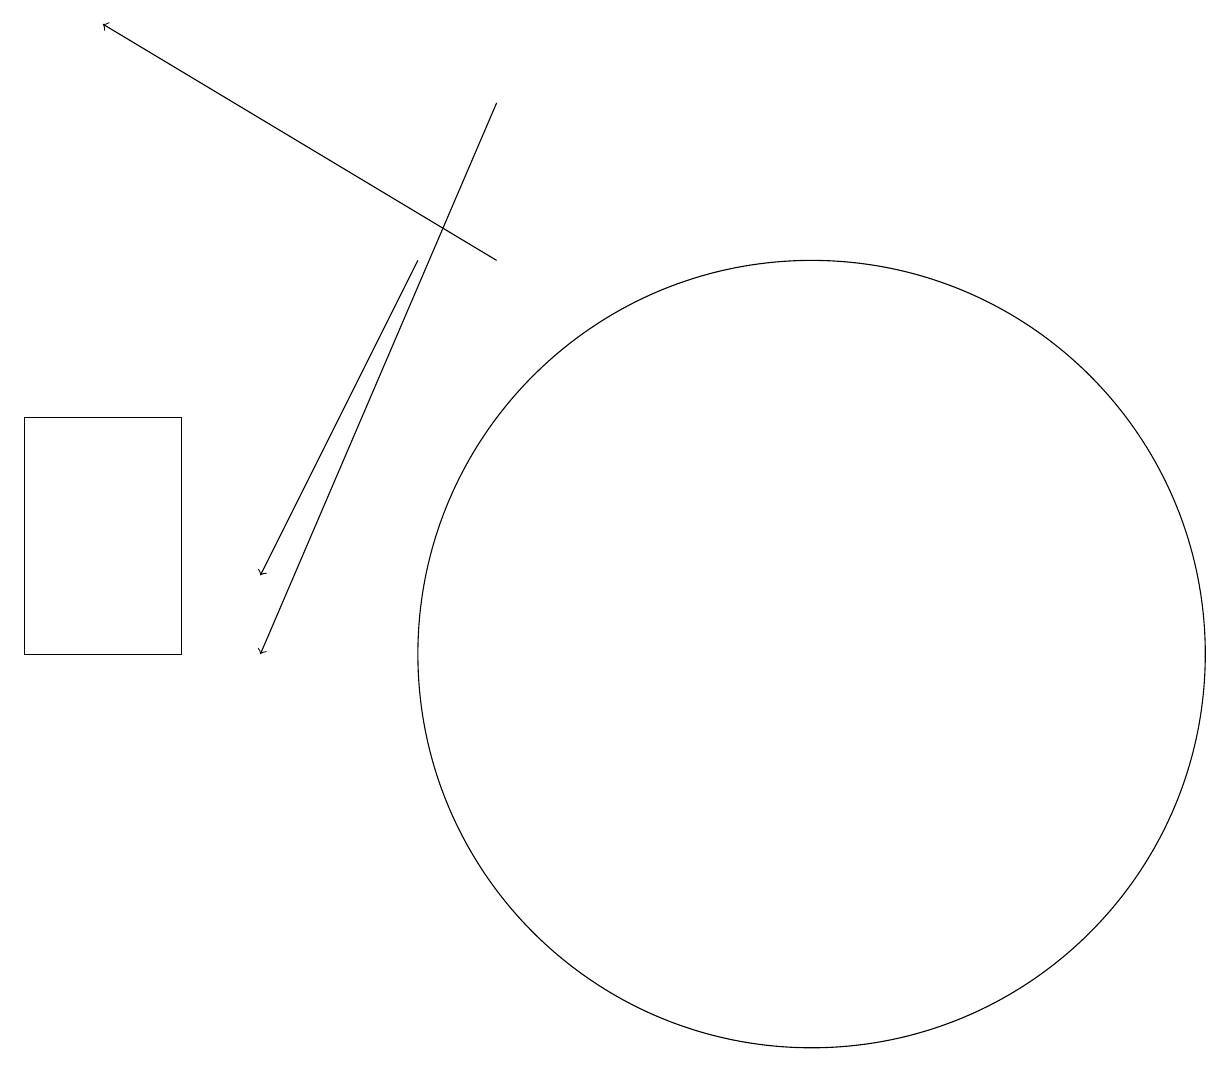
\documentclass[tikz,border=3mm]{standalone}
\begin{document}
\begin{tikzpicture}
\draw[->] (6,18) -- (3,11);
\draw[->] (5,16) -- (3,12);
\draw (0,14) rectangle (2,11);
\draw[->] (6,16) -- (1,19);
\draw (10,11) circle (5);
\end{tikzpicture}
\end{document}